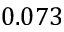
0 . 0 7 3